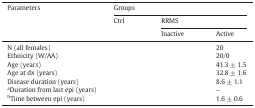
<table><thead><tr><td><b>Parameters</b></td><td colspan="3"><b>Groups</b></td></tr><tr><td><b>Ctrl</b></td><td colspan="2"><b>RRMS</b></td></tr><tr><td><b>Inactive</b></td><td><b>Active</b></td></tr></thead><tbody><tr><td>N (all females)</td><td>[EMPTY_CELL]</td><td>[EMPTY_CELL]</td><td>20</td></tr><tr><td>Ethnicity (W/AA)</td><td>[EMPTY_CELL]</td><td>[EMPTY_CELL]</td><td>20/0</td></tr><tr><td>Age (years)</td><td>[EMPTY_CELL]</td><td>[EMPTY_CELL]</td><td>41.3 ± 1.5</td></tr><tr><td>Age at dx (years)</td><td>[EMPTY_CELL]</td><td>[EMPTY_CELL]</td><td>32.8 ± 1.6</td></tr><tr><td>Disease duration (years)</td><td>[EMPTY_CELL]</td><td>[EMPTY_CELL]</td><td>8.6 ± 1.1</td></tr><tr><td>aDuration from last epi (years)</td><td>[EMPTY_CELL]</td><td>[EMPTY_CELL]</td><td>–</td></tr><tr><td>bTime between epi (years)</td><td>[EMPTY_CELL]</td><td>[EMPTY_CELL]</td><td>1.6 ± 0.6</td></tr></tbody></table>